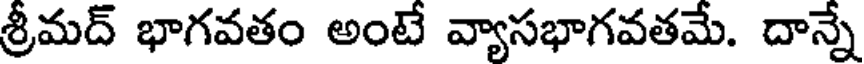
శ్రీమద్ భాగవతం అంటే వ్యాసభాగవతమే. దాన్నే